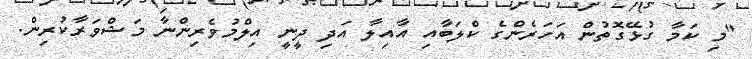
"މި ކަމާ ގުޅޭގޮތުން އަހަރެންގެ ކްލަބާއި އާއިލާ އަދި ދީނީ އިލްމުވެރިންނާ މަޝްވަރާކުރިން.